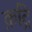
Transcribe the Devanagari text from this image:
क़द्रि